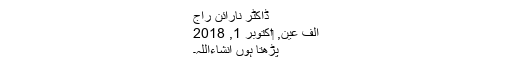
ڈاکٹر نارائن راج
الف عین, ‏اکتوبر 1, 2018
پڑھتا ہوں انشاءاللہ۔